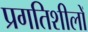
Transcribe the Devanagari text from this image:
प्रगतिशीलों